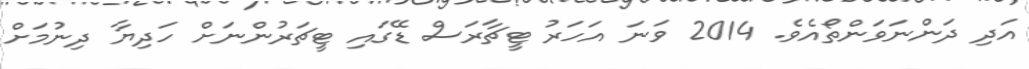
އަދި ދަންނަވަންތޯއެވެ. 2014 ވަނަ އަހަރު ޓީޗާރަސް ޑޭގައި ޓީޗަރުންނަށް ހަދިޔާ ދިނުމަށް